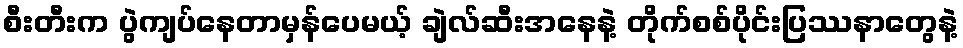
စီးတီးက ပွဲကျပ်နေတာမှန်ပေမယ့် ချဲလ်ဆီးအနေနဲ့ တိုက်စစ်ပိုင်းပြဿနာတွေနဲ့